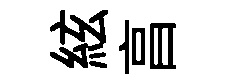
絃亯